Scientific memoirs by medical officers of the Army of India - Part II,
Year: 1886
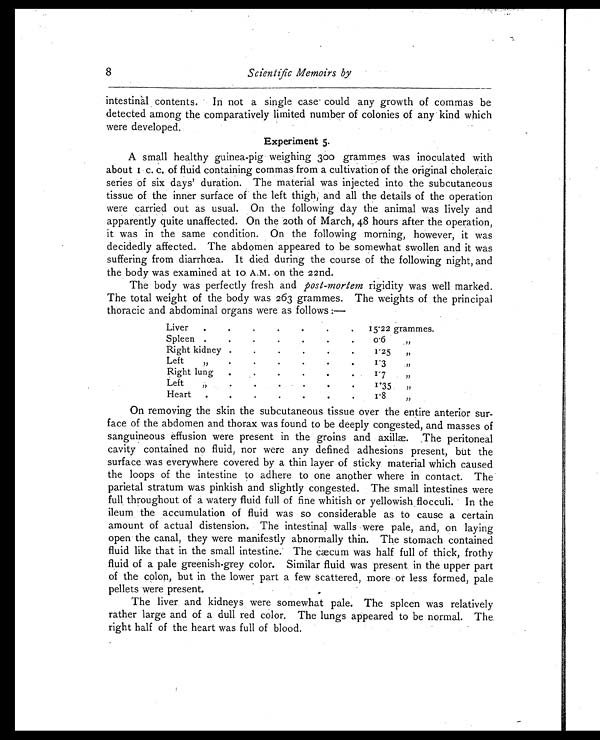
8
Scientific Memoirs by
intestinal contents. In not a single case could any growth of commas be
detected among the comparatively limited number of colonies of any kind which
were developed.
Experiment 5.
A small healthy guinea-pig weighing 300 grammes was inoculated with
a b o u t 1 c . c . o f f l u i d c o n t a i n i n g c o m m a s f r o m a c u l t i v a t i o n o f t h e o r i g i n a l c h o l e r a i c
series of six days' duration. The material was injected into the subcutaneous
tissue of the inner surface of the left thigh, and all the details of the operation
were carried out as usual. On the following day the animal was lively and
apparently quite unaffected. On the 20th of March, 48 hours after the operation,
it was in the same condition. On the following morning, however, it was
decidedly affected. The abdomen appeared to be somewhat swollen and it was
suffering from diarrhœa. It died during the course of the following night, and
the body was examined at to A.M. on the 22nd.
The body was perfectly fresh and post-mortem rigidity was well marked.
The total weight of the body was 263 grammes. The weights of the principal
thoracic and abdominal organs were as follows :—
Live
.
.
.
.
.
. 15 . 22 grammes.
Spleen .
.
.
.
.
.
.
0.6
"
Right kidney .
.
.
.
.
.
1.25
"
Left, "
.
.
.
.
.
.
1.3
"
Right lung
.
.
.
.
.
.
1.7
"
Left
"
.
.
.
.
.
.
1.35
"
Heart .
.
.
.
.
.
.
1.8
"
On removing the skin the subcutaneous tissue over the entire anterior sur-
face of the abdomen and thorax was found to be deeply congested, and masses of
sanguineous effusion were present in the groins and axillæ. The peritoneal
cavity contained no fluid, nor were any defined adhesions present, but the
surface was everywhere covered by a thin layer of sticky material which caused
the loops of the intestine to adhere to one another where in contact. The
parietal stratum was pinkish and slightly congested. The small intestines were
full, throughout of a watery fluid full of fine whitish or yellowish flocculi. In the
ileum the accumulation of fluid was so considerable as to cause a certain
amount of actual distension. The intestinal walls were pale, and, on laying
open the canal, they were manifestly abnormally thin. The stomach contained
fluid like that in the small intestine. The cæcum was half full of thick, frothy
fluid of a pale greenish-grey color. Similar fluid was present in the upper part
of the colon, but in the lower part a few scattered, more or less formed, pale
pellets were present.
The liver and kidneys were somewhat pale. The spleen was relatively
rather large and of a dull red color. The lungs appeared to be normal. The
right half of the heart was full of blood.